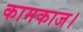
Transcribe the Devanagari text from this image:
कामकाज।